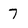
Character: 7